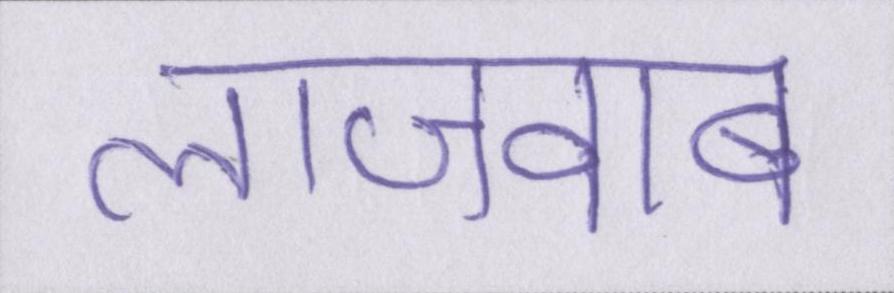
लाजवाब